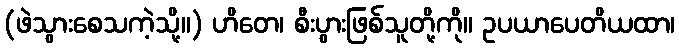
(ဖဲသွားစေသကဲ့သို့။) ဟိတေ၊ စီးပွားဖြစ်သူတို့ကို။ ဥပယာပေတိယထာ၊